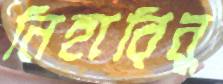
নিহারিনু